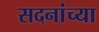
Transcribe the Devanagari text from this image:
सदनांच्या